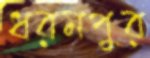
ধরমপুর